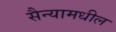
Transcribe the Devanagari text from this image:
सैन्यामधील